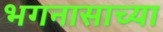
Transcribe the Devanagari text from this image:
भगनासाच्या